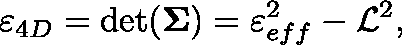
\varepsilon _ { 4 D } = \operatorname* { d e t } ( \mathbf { \Sigma } ) = \varepsilon _ { e f f } ^ { 2 } - \mathcal { L } ^ { 2 } ,